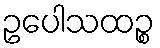
ဥပေါသထဉ္စ